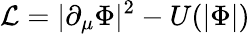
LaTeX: {\mathcal{L}}=|\partial_{\mu}\Phi|^{2}-U(|\Phi|)